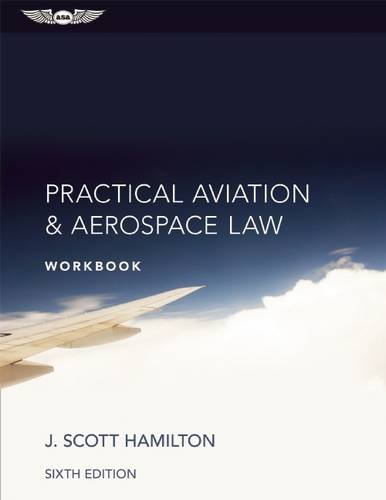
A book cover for Practical Aviation & Aerospace Law Workbook; J. Scott Hamilton; Law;